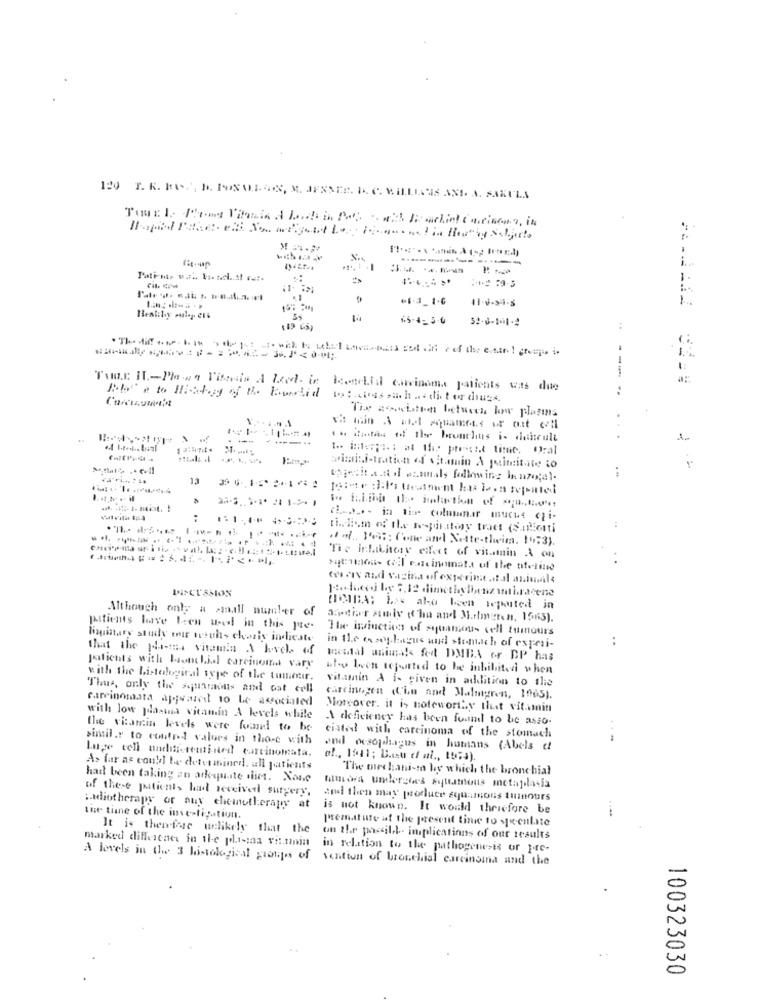
............-- -...--
Pati-me w ... to sel .. Al cuts
+1-3_1-6
52.0-1-11-2
:
---
Two.r. I .- Plana Visasis A Level in Bevechia carcinoma patients was due
..
--
-----...
tar hoita. de the brunchus i- dhuiscult
wimiti-tration of vitamin A juimitate to
11
tojedit att if enunals following benzo;al-
..
( .... . in the columnar muche chi-
.lol ., Y'en: Cone and Nette-theim. 19:3).
Tie inkikhory effect of vitamin A on
*qtaos (il racinomata of the titelinse
www .Iv and vagina of experint .. tal aniueils
Although only a small number of
(ICIDA; b4 alo been reported in
Trener study ( ho and M.rlmeren, 1565).
patients have been wel in this pte.
The induction of squamous cell tumours
linginary study our tesuhs chasis indicate
..
that the plena vitamin A hovel. of
in the esophagus and stemuch of experi-
kettal animals fod DMBA or DP has
patients with Buonthiel carcinoand vary
hty lech tejurted to be inbibitezi when
with the Listological type of the timer.
vitamin A is given in addition to the
Thus, only the squaraons and Gat erll
carcinomata ajowazeit to be associated
Gircinogen (Chu and Malmgren, 1065).
Moreover. it is noteworthy that vitamin
with low plasma vitamin A levels while
A deficiency has been found to be asso-
the vitamin levels were found to be
ciated with carcinoma of the stomach
similar to control values in those with
Luge tell naditistentinted carcinomata.
and oesophagus in humans (Abels c
As far as could be determined. all patients
The mechani-to by which the bronchial
had been taking an adequate diet. None
of these patients had received surgery,
mimosa undersdes syttatnous metaplasia
and then may produce squamous tumours
:addiotherapy or auy chemotherapy at
is not known. It would therefore be
the time of the investigation.
premature af the present time to speculate
It is therefase uelikely that the
marked difference in the polisina vit.tan
on the postill. implications of our results
in relation to the pathogenesis or pre-
A levels in the 3 histological granges of
vention of bronchial carcinoma and the
100323030